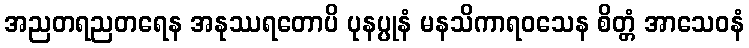
အညတရညတရေန အနုဿရတောပိ ပုနပ္ပုနံ မနသိကာရဝသေန စိတ္တံ အာသေဝနံ